Vaccine operations Central Provinces & Berar 1912-1920 - 1912-1920
Year: 1912
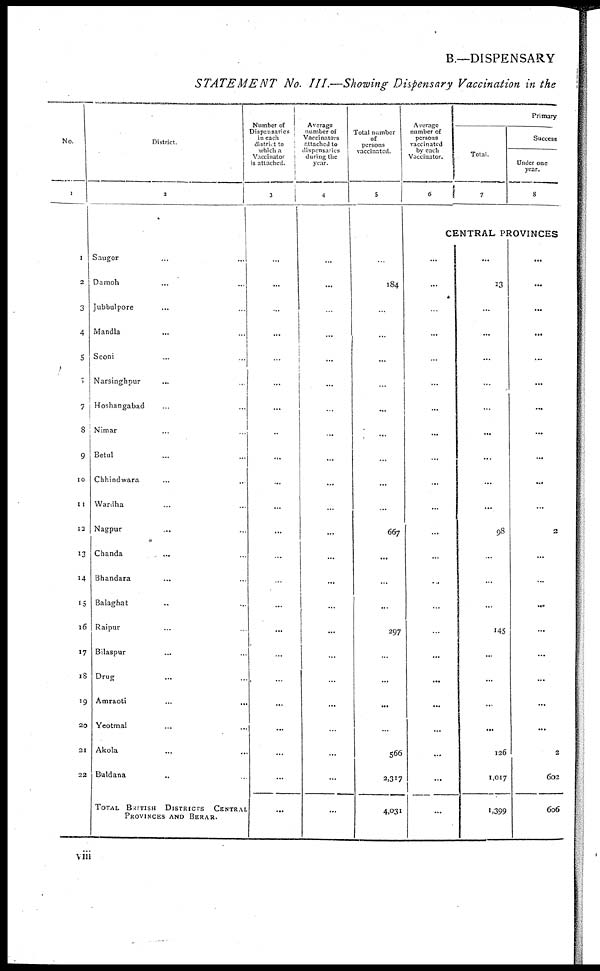
B.—DISPENSARY
STATEMENT No. III.—Showing Dispensary Vaccination in the
No.
1
1
2
3
4
5
6
7
8
9
10
11
12
13
14
15
16
17
18
19
20
21
22
District.
2
Saugor ... ...
Damoh ... ...
Jubbulpore ... ...
Mandla ... ...
Seoni ... ...
Narsinghpur ... ...
Hoshangabad ... ...
Nimar ... ...
Betul ... ...
Chhindwara ... ...
Wardha ... ...
Nagpur ... ...
Chanda ... ...
Bhandara ... ...
Balaghat ... ...
Raipur ... ...
Bilaspur ... ...
Drug ... ...
Amraoti
...
...
Yeotmal ... ...
Akola ... ...
Buldana ... ...
TOTAL BRITISH DISTRICTS CENTRAL
PROVINCES AND BERAR.
Number of
Dispensaries
in each
district to
which a
Vaccinator
is attached.
3
...
...
...
...
...
...
...
...
...
...
...
...
...
...
...
...
...
...
...
...
...
...
...
Average
number of
Vaccinators
attached to
dispensaries
during the
year.
4
...
...
...
...
...
...
...
...
...
...
...
...
...
...
...
...
...
...
...
...
...
...
...
Total number
of
persons
vaccinated.
5
...
184
...
...
...
...
...
...
...
...
...
667
...
...
...
297
...
...
...
...
566
2,317
4,031
Average
number of
persons
vaccinated
by each
Vaccinator.
6
Primary
Total.
7
Success
Under one
year.
8
CENTRAL PROVINCES
...
...
...
...
...
...
...
...
...
...
...
...
...
...
...
...
...
...
...
...
...
...
...
...
13
...
...
...
...
...
...
...
...
...
98
...
...
...
145
...
...
...
...
126
1,017
1,399
...
...
...
...
...
...
...
...
...
...
...
2
...
...
...
...
...
...
...
...
2
662
606
viii